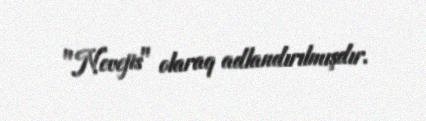
"Nevejis" olaraq adlandırılmışdır.